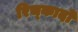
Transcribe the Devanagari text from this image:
रिच्कार्दो